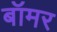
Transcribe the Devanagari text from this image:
बॉमर